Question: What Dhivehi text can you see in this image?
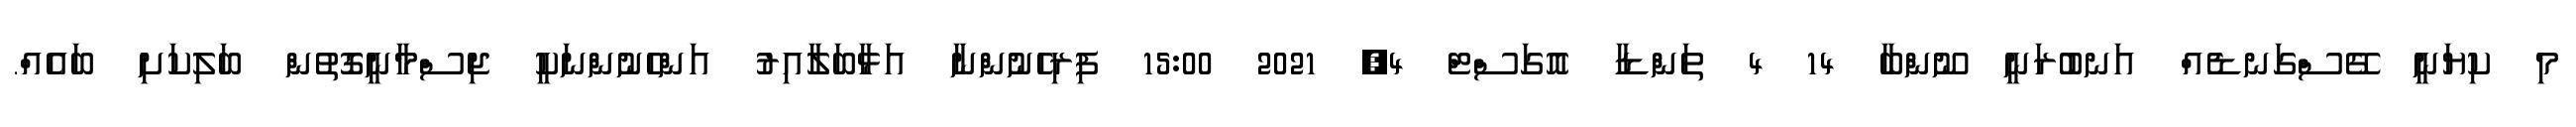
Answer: މި ކިޔަނީ ގޭސްގަނޑެއް އަނބުރަނީ ނޫންބާ 14 4 ތަންޑާ އޮގަސްޓް 4, 2021 15:00 ފިރިހެނުންނާ އަޅާބަލާއިރު އަންހެނުންނަކީ ޖިސްމާނީގޮތުން ބަލިކަށި ބައެއް.